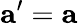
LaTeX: \mathbf{a}^{\prime}=\mathbf{a}